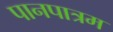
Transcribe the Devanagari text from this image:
पानपात्रम